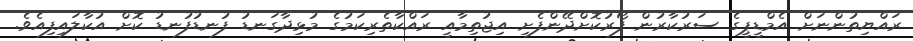
ރައްޔިތުންނަށް އެމްޑީޕީގެ ސަރުކާރުން ފޯރުކޮށްދޭންފެށި އިޖުތިމާއީ ރައްކާތެރިކަމުގެ މުޅިދާގަނޑު ފުނޑުފުނޑު ކޮށް އުކާލައިފިއެވެ.